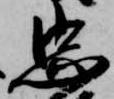
忠